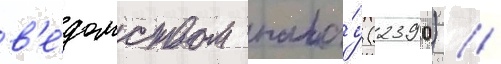
в'е́домством пала́у (2390) //